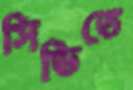
সিভিতে